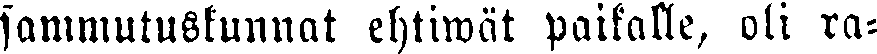
sammutuskunnat ehtiwät paikalle, oli ra-